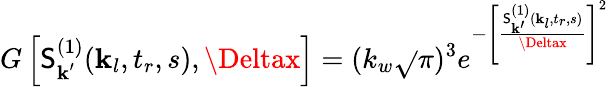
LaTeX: G\left[\mathsf{S}_{\textbf{{k}}^{\prime}}^{(1)}(\textbf{{k}}_{l},t_{r},s),\Deltax\right]=(k_{w}\sqrt{}{{\pi}})^{3}e^{-\left[\frac{{\mathsf{S}_{\textbf{{k}}^{\prime}}^{(1)}(\textbf{{k}}_{l},t_{r},s)}}{{\Deltax}}\right]^{2}}